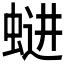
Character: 𱿩